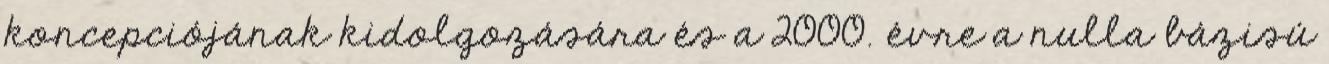
koncepciójának kidolgozására és a 2000. évre a nulla bázisú